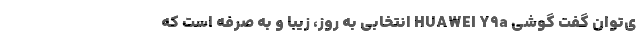
ی‌توان گفت گوشی HUAWEI Y9a انتخابی به روز، زیبا و به صرفه است که